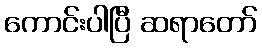
ကောင်းပါပြီ ဆရာတော်